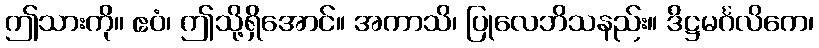
ဤသားကို။ ဧဝံ၊ ဤသို့ရှိအောင်။ အကာသိ၊ ပြုလေဘိသနည်း။ ဒိဋ္ဌမင်္ဂလိကေ၊